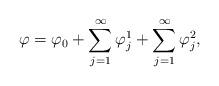
LaTeX: \begin{align*}\varphi=\varphi_0+\sum_{j=1}^\infty{\varphi_j^1}+\sum_{j=1}^\infty{\varphi_j^2},\end{align*}